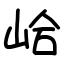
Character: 峆